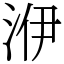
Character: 洢